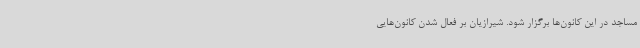
مساجد در این کانون‌ها برگزار شود. شیرازیان بر فعال شدن کانون‌هایی